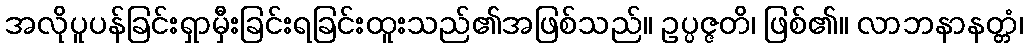
အလိုပူပန်ခြင်းရှာမှီးခြင်းရခြင်းထူးသည်၏အဖြစ်သည်။ ဥပ္ပဇ္ဇတိ၊ ဖြစ်၏။ လာဘနာနတ္တံ၊